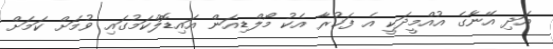
އަދި އޭނާގެ އުއްމީދަކީ އެ ފަޚުރާ އެކު މޯލްޑިިއަން އައިޑޮލްކަމުގައިި ވުމަށް ކަމަށް